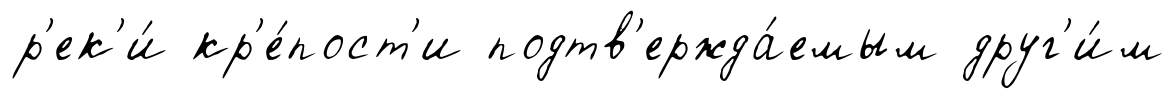
р'ек'и́ кр'е́пост'и подтв'ержда́емым друг'и́м